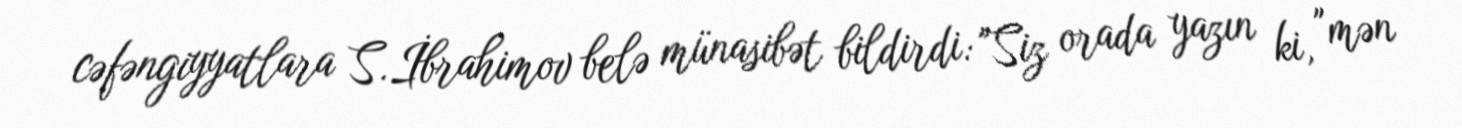
cəfəngiyyatlara S.İbrahimov belə münasibət bildirdi: "Siz orada yazın ki, "mən